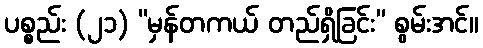
ပစ္စည်း (၂၁) “မှန်တကယ် တည်ရှိခြင်း” စွမ်းအင်။